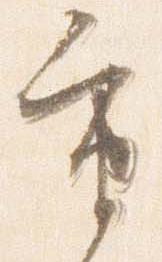
重